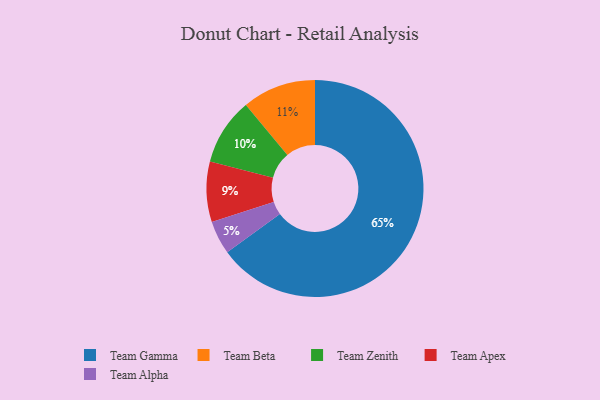
{"axis": {"x": "Category", "y": "Percentage"}, "legend": ["Team Alpha", "Team Apex", "Team Beta", "Team Gamma", "Team Zenith"], "data": [{"x": "Team Zenith", "y": 10, "type": "Team Zenith"}, {"x": "Team Alpha", "y": 5, "type": "Team Alpha"}, {"x": "Team Apex", "y": 9, "type": "Team Apex"}, {"x": "Team Gamma", "y": 65, "type": "Team Gamma"}, {"x": "Team Beta", "y": 11, "type": "Team Beta"}]}